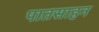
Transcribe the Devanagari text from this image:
पातसाहन